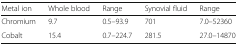
<table><thead><tr><td><b>Metal ion</b></td><td><b>Whole blood</b></td><td><b>Range</b></td><td><b>Synovial fluid</b></td><td><b>Range</b></td></tr></thead><tbody><tr><td>Chromium</td><td>9.7</td><td>0.5–93.9</td><td>701</td><td>7.0–52360</td></tr><tr><td>Cobalt</td><td>15.4</td><td>0.7–224.7</td><td>281.5</td><td>27.0–14870</td></tr></tbody></table>